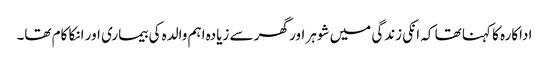
اداکارہ کا کہنا تھا کہ انکی زندگی میں شوہر اور گھر سے زیادہ اہم والدہ کی بیماری اور انکا کام تھا۔